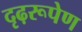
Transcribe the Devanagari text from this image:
दृढ़रूपेण